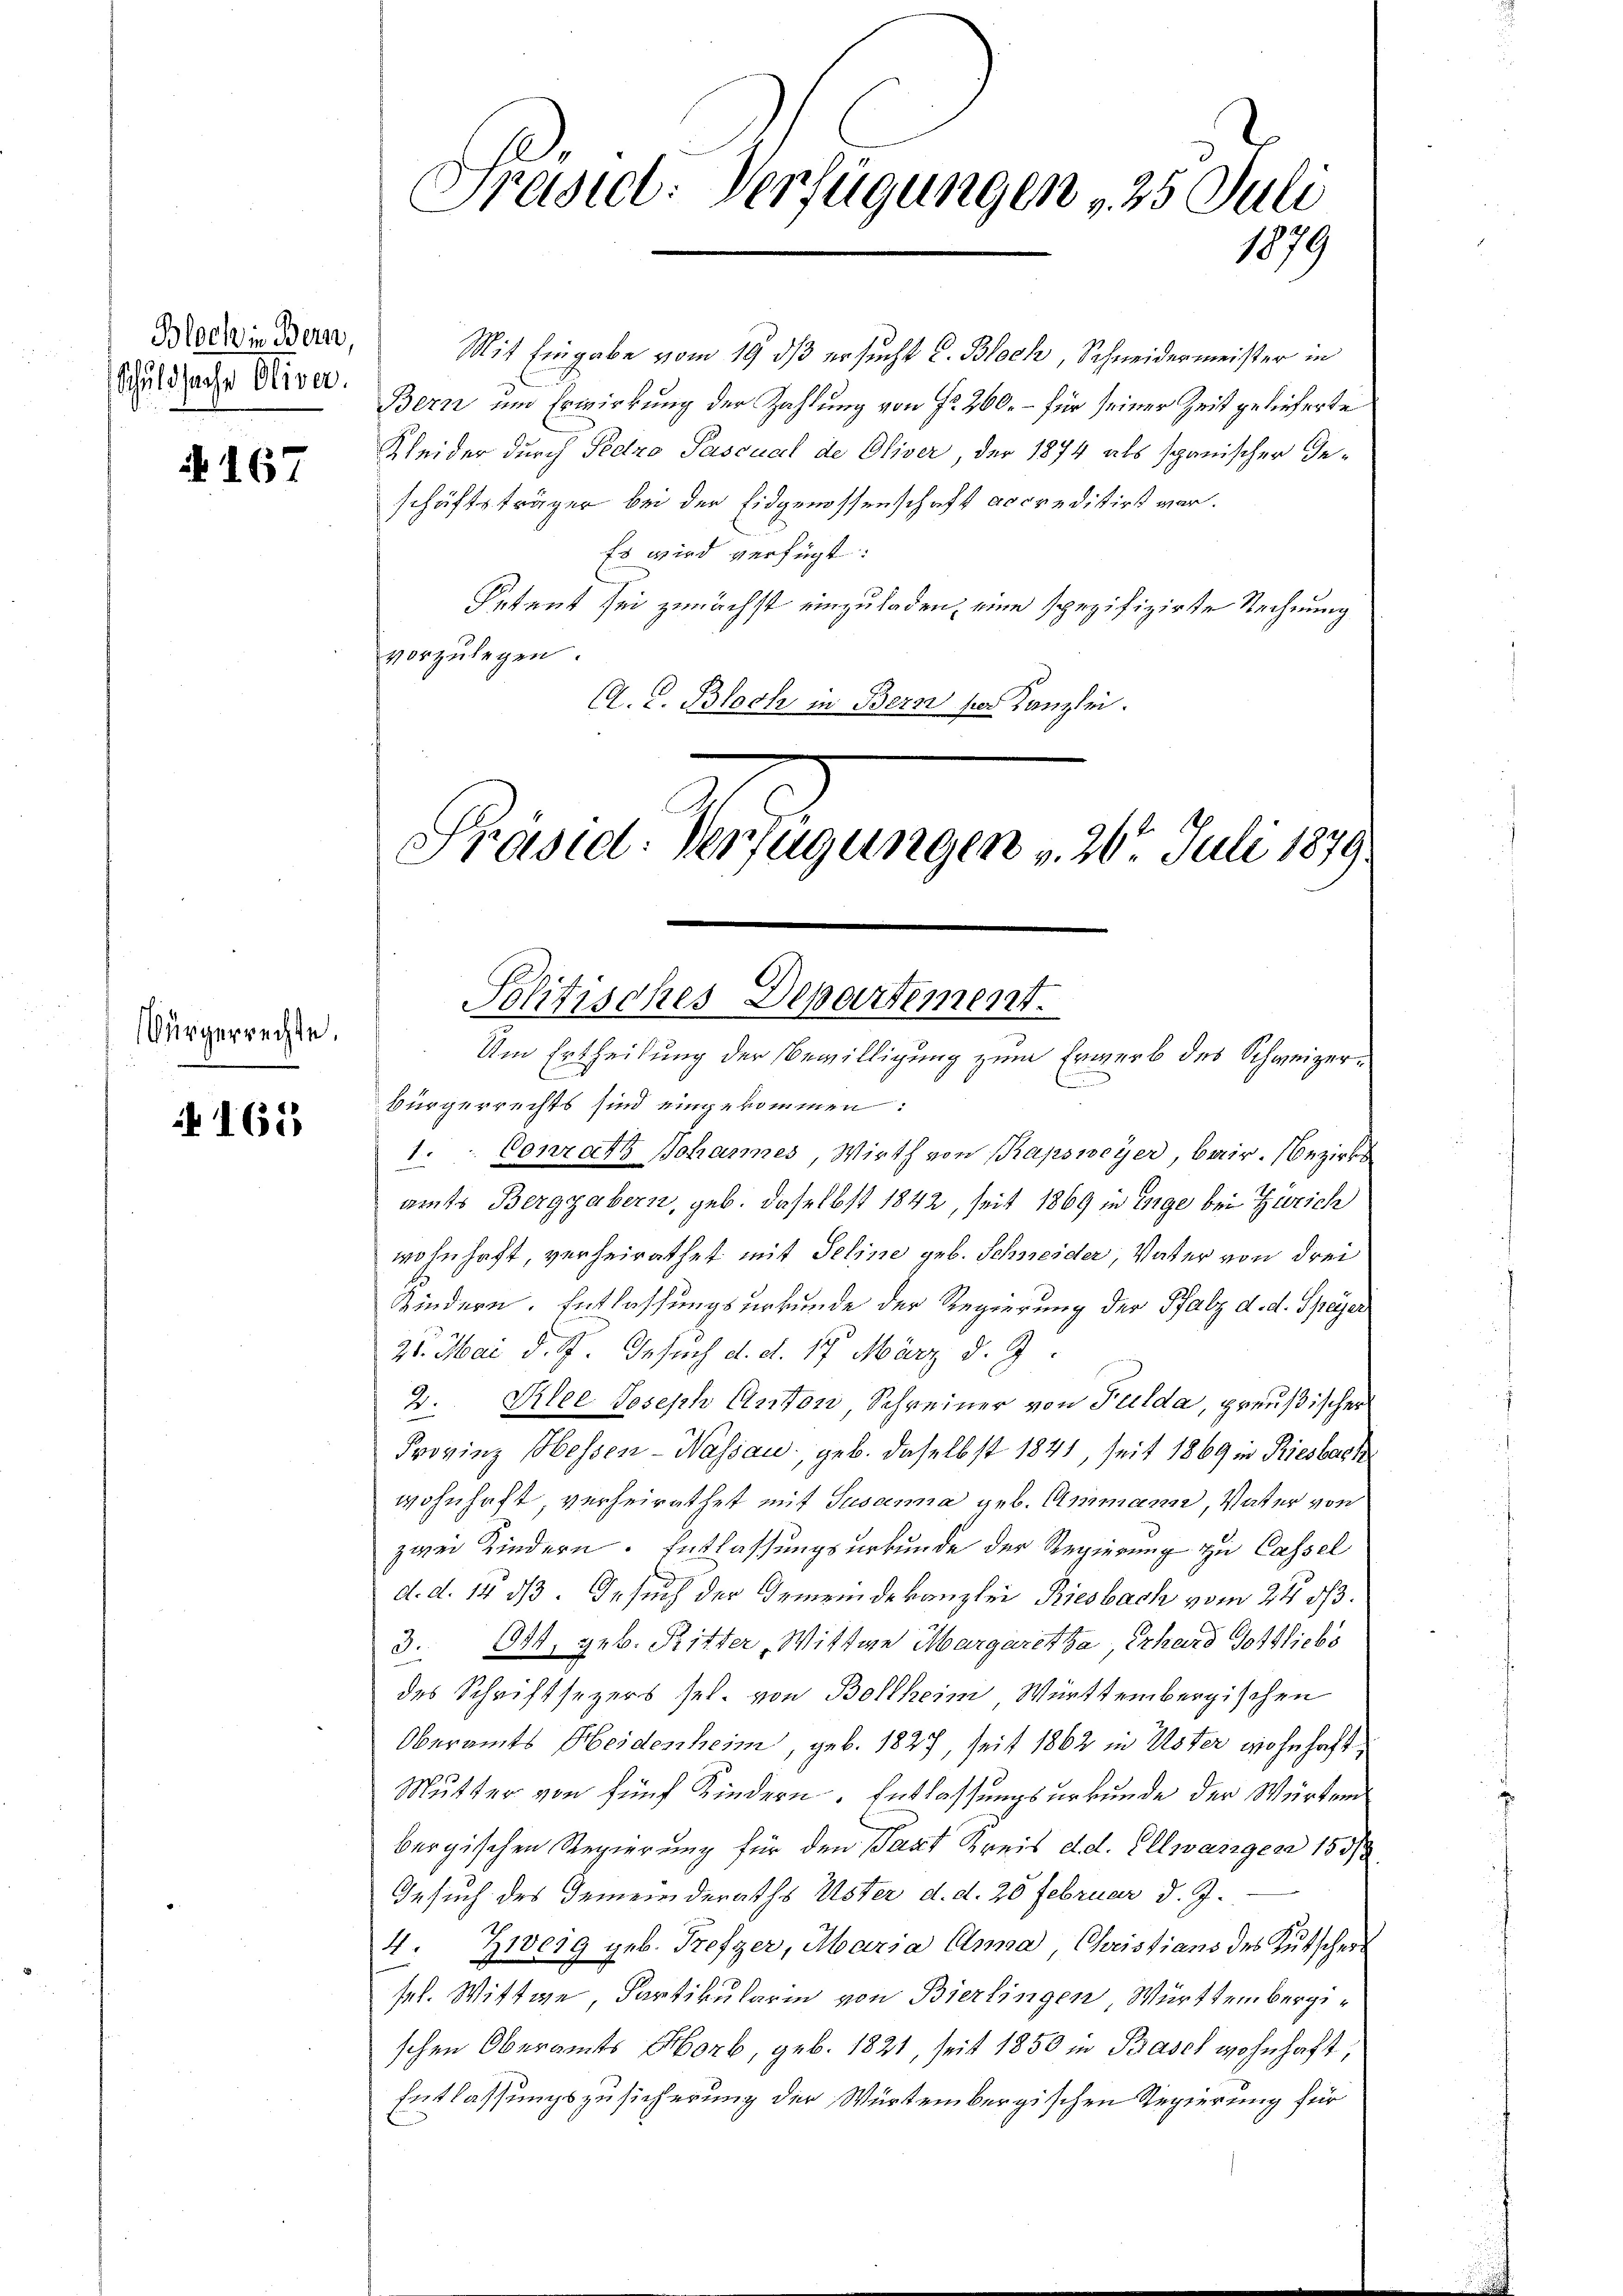
Bloch in Bern,
Schuldsache Oliver

A 167

Bürgerrechte.

165,

Prasiel: Verfügungen , 25 Juli
1879

Mit Eingabe vom 19. ds ersucht C. Bloch, Schneidermeister in
Bern um Erwirkung der Zahlung von Fr. 260. – für seiner Zeit gelieferte
Kleider durch Pedro Pascual de Oliver der 1874 als spanischer Geschäftsträger bei der Eidgenossenschaft accreditirt war.
Es wird verfügt:
Petent sei zunächst einzuladen, eine spezifizirte Rechnung
vorzulegen.
C. C. Bloch in Bern per Kanzlei.

Präsid: Verfügungen v. 26t Juli 1879
Politisches Departement.
Um Ertheilung der Bewilligung zum Erwerb des Schweizer¬

E
Bürgerrechts sind eingekommen:
1. Conrath Johannes, Wirth von Kapsweyer, Bair. Bezirks
amts Berggabern, geb. daselbst 1842, seit 1869 in Enge bei Zürich
wohnhaft, verheirathet mit Seline geb. Schneider, Vater von drei
Kindern. Entlassungsurkunde der Regierung der Pfalz d. d. Speyer
21. Mai d. M. Gesuch d. d. 17. März d. J.
2. Klee Joseph Anton, Schreiner von Fulda, preußischer
Frovinz Hessen-Wassau, geb. daselbst 1841, seit 1869 in Riesbach
wohnhaft verheirathet mit Susanna geb. Ammann, Vater von
zwei Kindern. Entlassungsurkunde der Regierung zu Cassel
d. d. 14 d. Gesuch der Gemeindekanzlei Riesbach vom 24. 573.
3. Ott, geb. Ritter, Wittwe Margaretha, Erhard Gottliebs
des Schriftsezers sel. von Bollheim Württembergischen
Oberamts Heidenheim, geb. 1827, seit 1862 in Uster wohnhaft
Mutter von fünf Kindern. Entlassungsurkunde der Würtem
bergischen Regierung für den Tant Kreis d.d. Ellwänger 155/
Gesuch des Gemeinderaths Uster d. d. 20 Februar d. J.
4. Zweig geb. Trefzer, Maria Anna Christians des Kutscher
sel. Wittwe, Partikularin von Bierlingen Württembergischen Oberamts Horb, geb. 1821, seit 1850 in Basch wohnhaft,
Entlassungszusicherung der Würtembergischen Regierung für